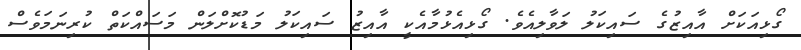
ގޯޅިއަކަށް އާއިޒުގެ ސައިކަލު ލަވާލިއެވެ. ގޯޅިއެޅުމާއެކީ އާއިޒު ސައިކަލު މަޑުކޮށްލަން މަސައްކަތް ކުރިނަމަވެސް